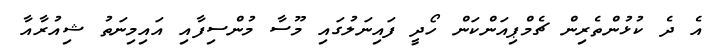
އެ ދެ ކުޅުންތެރިން ޗެމްޕިއަންކަން ހޯދީ ފައިނަލުގައި މޫސާ މުންސިފާއި އައިމިނަތު ޝިއުރާއާ